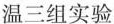
温三组实验